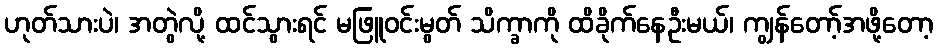
ဟုတ်သားပဲ၊ အတွဲလို့ ထင်သွားရင် မဖြူဝင်းမွတ် သိက္ခာကို ထိခိုက်နေဦးမယ်၊ ကျွန်တော့်အဖို့တော့